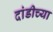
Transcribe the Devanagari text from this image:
दांडीच्या